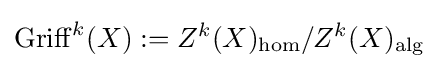
\operatorname {Griff} ^{k}(X):=Z^{k}(X)_{\mathrm {hom} }/Z^{k}(X)_{\mathrm {alg} }